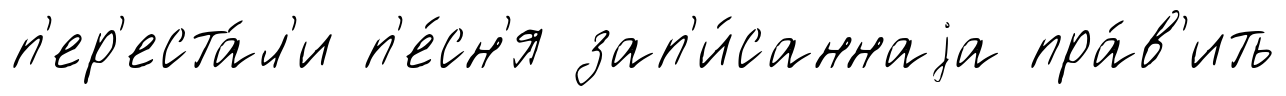
п'ер'еста́л'и п'е́сн'я зап'и́саннаjа пра́в'ить